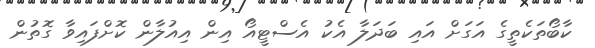
ކާބޯތަކެތީގެ އަގަށް އައި ބަދަލާ އެކު އެސްޓީއޯ އިން އިއުލާން ކޮށްފައިވާ ގޮތުން